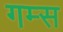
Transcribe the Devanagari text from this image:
गम्स